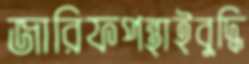
জারিফপন্থাইবুদ্ধি